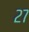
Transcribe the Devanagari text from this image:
२७